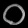
Digit: ၀